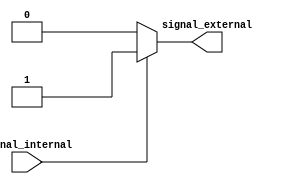
module io_buffer (
    input wire signal_internal,
    output wire signal_external
);

// Input stage
assign internal_signal = signal_internal;

// Level shifter
assign shifted_signal = (internal_signal) ? 1'b1 : 1'b0;

// Output stage
assign signal_external = shifted_signal;

endmodule